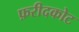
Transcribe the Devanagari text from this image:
फ़रीदकोट